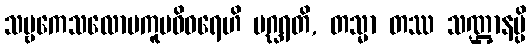
သဗ္ဗကေသလောမကူပဝိဝရေဟိ ပဂ္ဃရတိ, တသ္မာ တဿ သဏ္ဌာနမ္ပိ